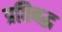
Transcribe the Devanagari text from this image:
प्रतिबद्ध